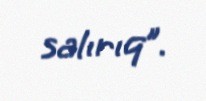
salırıq”.